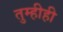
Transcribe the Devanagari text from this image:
तुम्हीही